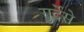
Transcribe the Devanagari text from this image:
गुर्देसे